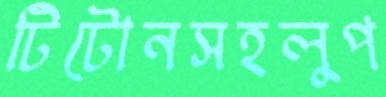
টিটোনসহলুপ